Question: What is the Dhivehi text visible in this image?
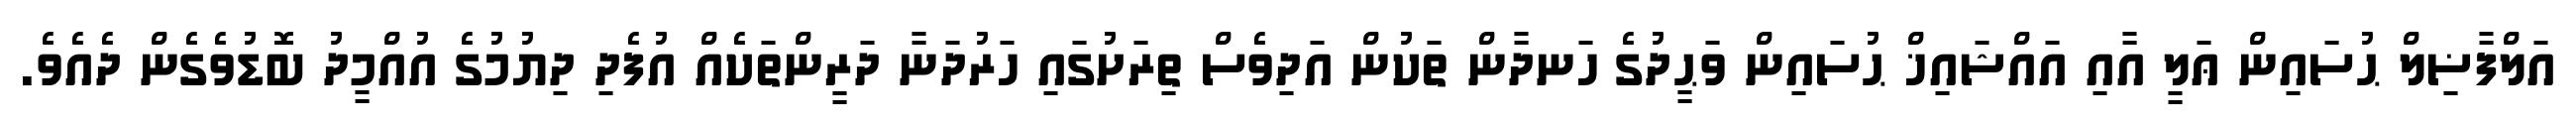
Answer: އަލްފާޟިލް ޙުސައިން ޢަލީ އާއި އައްޝައިޚް ޙުސައިން ވަޙީދުގެ ހަނދާން ތަކުން އަދިވެސް ތިރަށުގައި ހަރުދަނާ ދަރީންތަކެއް އުފެދި ދިޔުމުގެ އުއްމީދު ބޮޑުވެގެން ދެއެވެ.